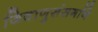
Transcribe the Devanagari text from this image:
जिवाणुसंसर्गाने